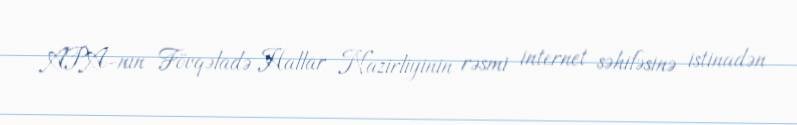
APA-nın Fövqəladə Hallar Nazirliyinin rəsmi internet səhifəsinə istinadən